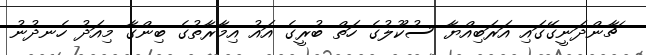
ޗާންދަނީގޭގައި އަރަބިއްޔާ ސުކޫލުގެ ހަތް ބުރީގެ އައު އިމާރާތުގެ ބިންގާ މިއަދު ހެނދުނު